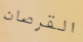
القرصان